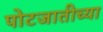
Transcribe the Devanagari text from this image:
पोटजातीच्या